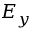
E _ { y }